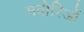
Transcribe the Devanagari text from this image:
मवोरिओं